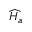
\widehat { H _ { a } }